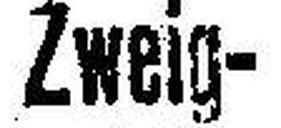
Zweig¬